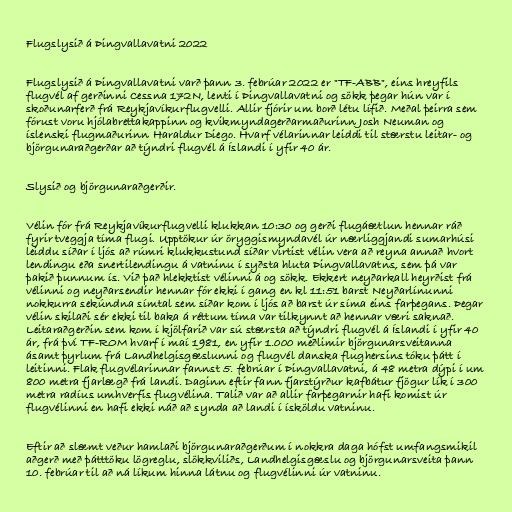
Flugslysið á Þingvallavatni 2022

Flugslysið á Þingvallavatni varð þann 3. febrúar 2022 er "TF-ABB", eins hreyfils
flugvél af gerðinni Cessna 172N, lenti í Þingvallavatni og sökk þegar hún var í
skoðunarferð frá Reykjavíkurflugvelli. Allir fjórir um borð létu lífið. Meðal þeirra sem
fórust voru hjólabrettakappinn og kvikmyndagerðarmaðurinn Josh Neuman og
íslenski flugmaðurinn Haraldur Diego. Hvarf vélarinnar leiddi til stærstu leitar- og
björgunaraðgerðar að týndri flugvél á Íslandi í yfir 40 ár.

Slysið og björgunaraðgerðir.

Vélin fór frá Reykjavíkurflugvelli klukkan 10:30 og gerði flugáætlun hennar ráð
fyrir tveggja tíma flugi. Upptökur úr öryggismyndavél úr nærliggjandi sumarhúsi
leiddu síðar í ljós að rúmri klukkustund síðar virtist vélin vera að reyna annað hvort
lendingu eða snerti­lend­ing­u á vatn­inu í syðsta hluta Þingvallavatns, sem þá var
þakið þunnum ís. Við það hlekktist vélinni á og sökk. Ekkert neyðarkall heyrðist frá
vélinni og neyðarsendir hennar fór ekki í gang en kl 11:51 barst Neyðarlínunni
nokkurra sekúndna símtal sem síðar kom í ljós að barst úr síma eins farþegans. Þegar
vélin skilaði sér ekki til baka á réttum tíma var tilkynnt að hennar væri saknað.
Leitaraðgerðin sem kom í kjölfarið var sú stærsta að týndri flugvél á Íslandi í yfir 40
ár, frá því TF-ROM hvarf í maí 1981, en yfir 1.000 meðlimir björgunarsveitanna
ásamt þyrlum frá Landhelgisgæslunni og flugvél danska flughersins tóku þátt í
leitinni. Flak flugvélarinnar fannst 5. febrúar í Þingvallavatni, á 48 metra dýpi í um
800 metra fjarlægð frá landi. Daginn eftir fann fjarstýrður kafbátur fjögur lík í 300
metra radíus umhverfis flugvélina. Talið var að allir farþegarnir hafi komist úr
flugvélinni en hafi ekki náð að synda að landi í ísköldu vatninu.

Eftir að slæmt veður hamlaði björgunaraðgerðum í nokkra daga hófst umfangsmikil
aðgerð með þátttöku lögreglu, slökkviliðs, Landhelgisgæslu og björgunarsveita þann
10. febrúar til að ná líkum hinna látnu og flugvélinni úr vatninu.